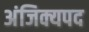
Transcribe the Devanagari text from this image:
अंजिक्यपद